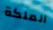
الملكة